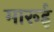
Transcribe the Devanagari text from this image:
मारूई